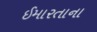
ઈમારતાના